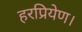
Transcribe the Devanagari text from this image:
हरप्रियेण।